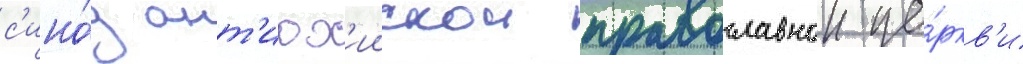
с'ино́д ант'иох'иискои православнои це́ркв'и